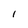
Character: I